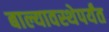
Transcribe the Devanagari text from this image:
बाल्यावस्थेपर्यंत